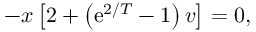
- x \left[ 2 + \left( \mathrm { e } ^ { 2 / T } - 1 \right) v \right] = 0 ,